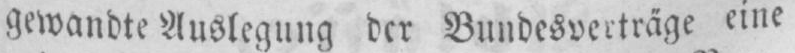
gewandte Auslegung der Bundesverträge eine